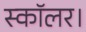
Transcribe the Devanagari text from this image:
स्कॉलर।